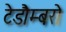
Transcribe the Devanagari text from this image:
टेडौम्बरो